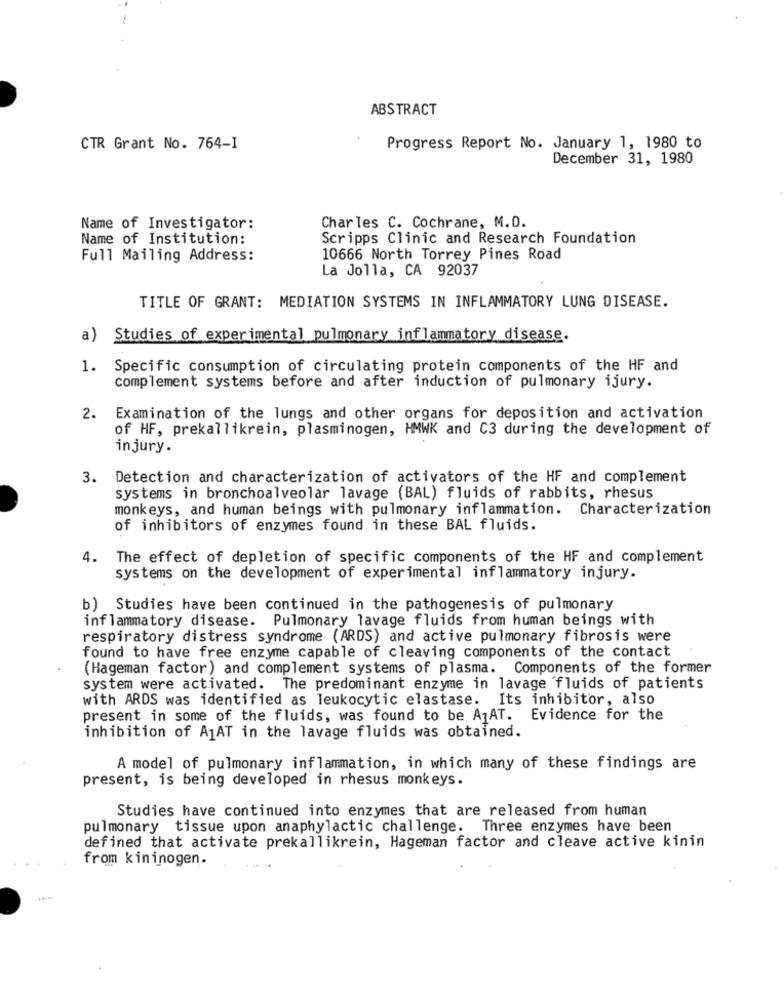
ABSTRACT
CTR Grant No. 764-1
Progress Report No. January 1, 1980 to
December 31, 1980
Name of Investigator:
Charles C. Cochrane, M.D.
Name of Institution:
Scripps Clinic and Research Foundation
Full Mailing Address:
10666 North Torrey Pines Road
La Jolla, CA 92037
TITLE OF GRANT: MEDIATION SYSTEMS IN INFLAMMATORY LUNG DISEASE.
a) Studies of experimental pulmonary inflammatory disease.
1. Specific consumption of circulating protein components of the HF and
complement systems before and after induction of pulmonary ijury.
2. Examination of the lungs and other organs for deposition and activation
of HF, prekallikrein, plasminogen, HMWK and C3 during the development of
injury.
3. Detection and characterization of activators of the HF and complement
systems in bronchoalveolar lavage (BAL) fluids of rabbits, rhesus
monkeys, and human beings with pulmonary inflammation. Characterization
of inhibitors of enzymes found in these BAL fluids.
4. The effect of depletion of specific components of the HF and complement
systems on the development of experimental inflammatory injury.
b) Studies have been continued in the pathogenesis of pulmonary
inflammatory disease. Pulmonary lavage fluids from human beings with
respiratory distress syndrome (ARDS) and active pulmonary fibrosis were
found to have free enzyme capable of cleaving components of the contact
(Hageman factor) and complement systems of plasma. Components of the former
system were activated. The predominant enzyme in lavage fluids of patients
with ARDS was identified as leukocytic elastase. Its inhibitor, also
present in some of the fluids, was found to be A1AT. Evidence for the
inhibition of A1AT in the lavage fluids was obtained.
A model of pulmonary inflammation, in which many of these findings are
present, is being developed in rhesus monkeys.
Studies have continued into enzymes that are released from human
pulmonary tissue upon anaphylactic challenge. Three enzymes have been
defined that activate prekallikrein, Hageman factor and cleave active kinin
from kininogen.